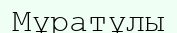
Мұратұлы